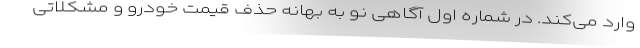
وارد می‌کند. در شماره اول آگاهی نو به بهانه حذف قیمت خودرو و مشکلاتی